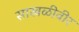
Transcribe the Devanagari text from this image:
साखळीवीर